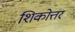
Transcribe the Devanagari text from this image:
शिकोत्तर